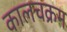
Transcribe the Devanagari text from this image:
कालचक्रम